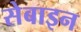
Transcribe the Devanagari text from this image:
सेबाइन